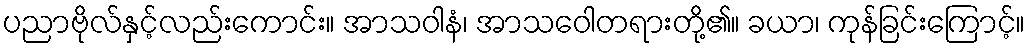
ပညာဗိုလ်နှင့်လည်းကောင်း။ အာသဝါနံ၊ အာသဝေါတရားတို့၏။ ခယာ၊ ကုန်ခြင်းကြောင့်။